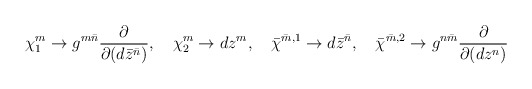
\begin{align*} \chi^m_1 \to g^{m \bar{n}} \frac{\partial}{\partial (d\bar{z}^{\bar{n}})}, \quad \chi^m_2 \to d z^m, \quad \bar{\chi}^{\bar{m},1} \to d\bar{z}^{\bar{n}}, \quad \bar{\chi}^{\bar{m},2} \to g^{n \bar{m}} \frac{\partial}{\partial (dz^n)}\end{align*}